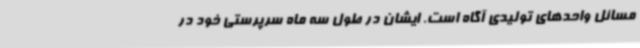
مسائل واحدهای تولیدی آگاه است. ایشان در طول سه ماه سرپرستی خود در